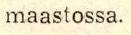
maastossa.